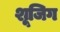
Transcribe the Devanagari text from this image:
शूजिग